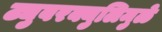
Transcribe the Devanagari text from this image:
ट्युबरक्युलिमुळे